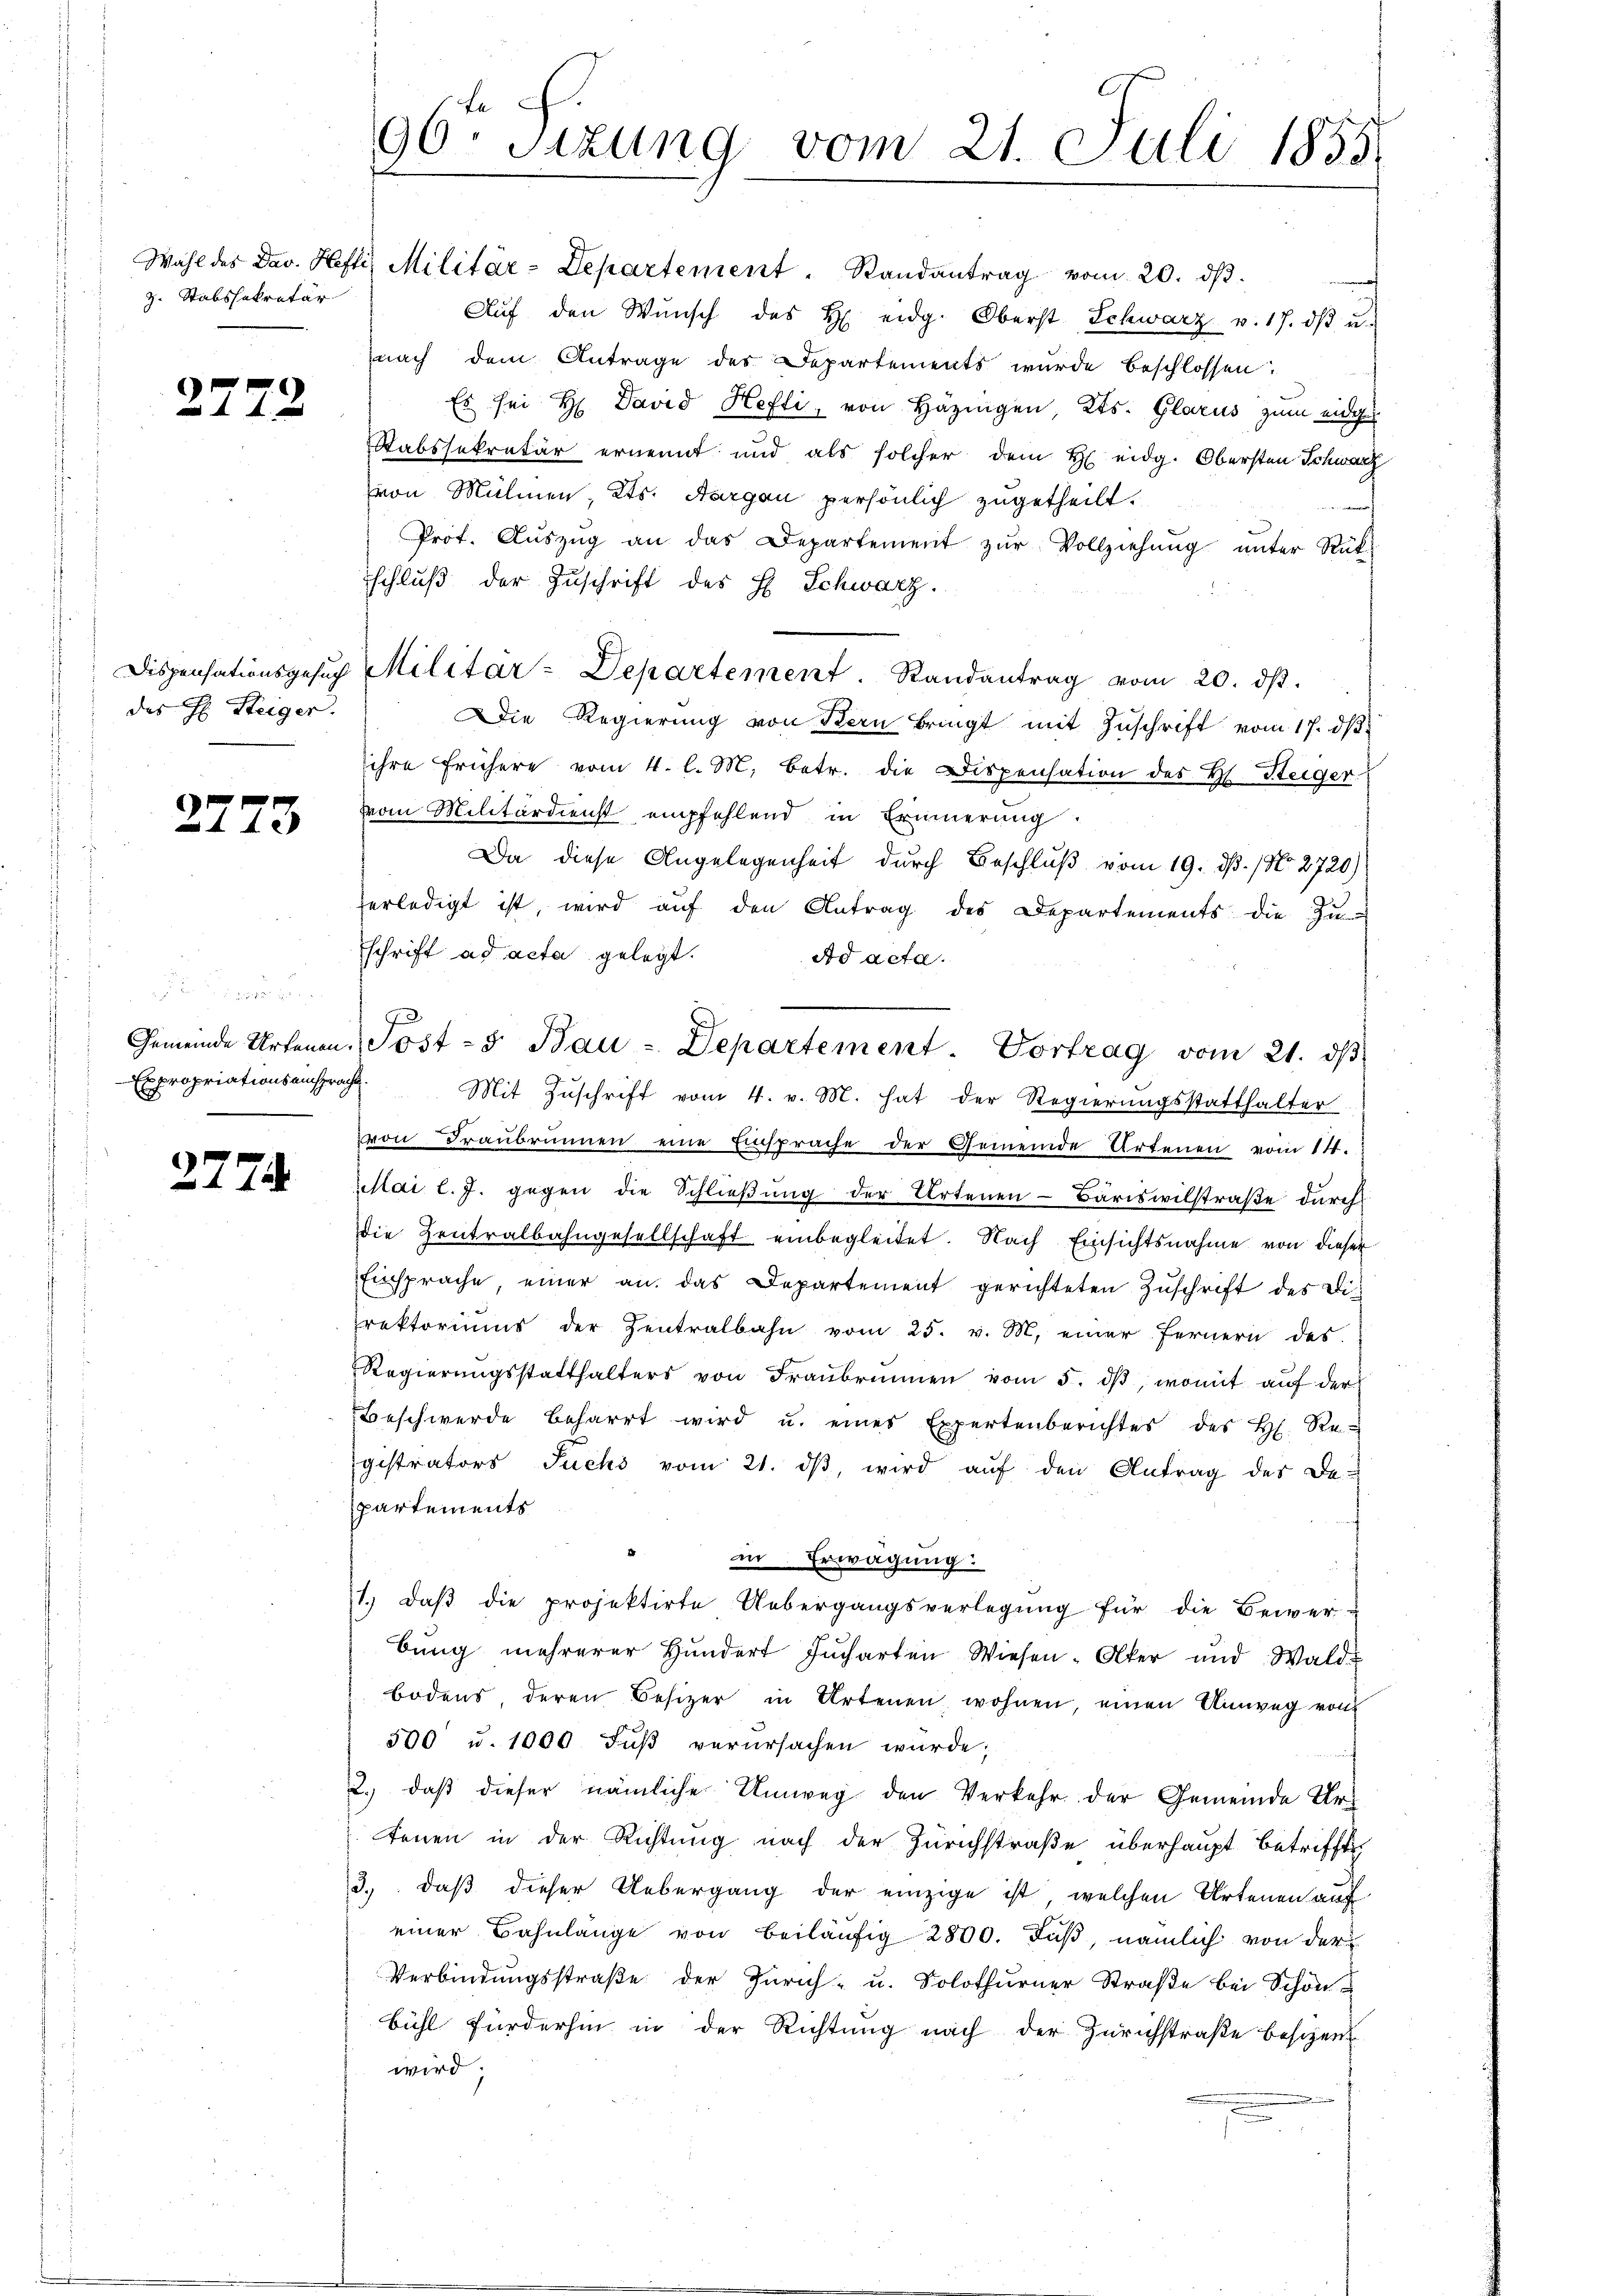
z. Stabssekretär

27

des H. Steiger.

2773

277.

73

Expropriationsanspracht.

90. Sitzung vom 21. Juli 1855

Wahl des Dav. Hefti, Militär-Departement. Randantrag vom 20. dβ.
Aŭf den Wŭnsch des H. eidg. Oberst Schwarz v. 17. dβ u.
nach dem Antrage des Departements wurde beschlossen:
Es sei H. David Hefti, von Häzingen, Kts. Glarus zum eidge¬
Stabssekretär ernennt und als solcher dem H eidg. Obersten Schwarz
von Mülinen, Kts. Aargau persönlich zugetheilt.
Prot. Aŭszŭg an das Departement zŭr Vollziehŭng ŭnter Rück-
schluß der Zuschrift des H. Schwarz.
Dispensationsgesŭch Militar-Departement. Randantrag vom 20. dβ.
Die Regierung von Kern bringt mit Zuschrift vom 17. dβ
ihre frühere vom 4. l. M. betr. die Dispensation des H. Steiger
vom Militärdienst empfehlend in Erinnerung
Da diese Angelegenheit durch Beschluß vom 19. dß. / No. 2720)
verledigt ist, wird auf den Antrag des Departements die Zin
schrift ad acta gelegt.
Ad acta.
Mit Zuschrift vom 4. v. M. hat der Regierungsstatthalter
von Franbrunnen eine Einsprache der Gemeinde Artenen vom 14.
llai l. J. gegen die Schließung der Artenen Bäriswilstraße durch
ie Zentralbahngesellschaft einbegleitet. Nach Einsichtsnahme von dieser
Einsprache einer an das Departement gerichteten Zŭschrift des Direktoriums der Zentralbahn vom 25. v. M. einer Fernern des
Regierŭngsstatthalters von Fraŭbrunnen vom 5. dβ, womit aŭf der
Beschwerde beharrt wird u. eines Expertenberichtes des H. Re-
gistrators Fuchs vom 21. dβ wird aŭf den Antrag des De-
partements
in Erwägung:
1.) daß die projektirte Uebergangsverlegung für die Bewer-
bŭng mehrerer Hundert Jucharten Wiesen-Alter und Wald
bodens, deren Besizer in Artenen wohnen, einen Umweg von
500 u. 1000 Fŭβ verursachen würde;
2.) daß dieser nämliche Umweg den Verkehr der Gemeinde Urtenen in der Richtung nach der Zürichstraße überhaupt betrifft
3., daß dieser Uebergang der einzige ist, welchen Artenen auf
einer Bahnlänge von beiläufig 2800. Fuß, nämlich von der
Verbindungsstraße der Zürich- u. Solothurner Straße bei Schön
bühl fürderhin in der Richtung nach der Zürichstraße beschent
wird;

Gemeinde Artenen Post- & Bau-Departement Vortrag vom 21. ds